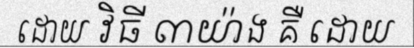
ដោយ វិធី ៣យ៉ាង គឺ ដោយ